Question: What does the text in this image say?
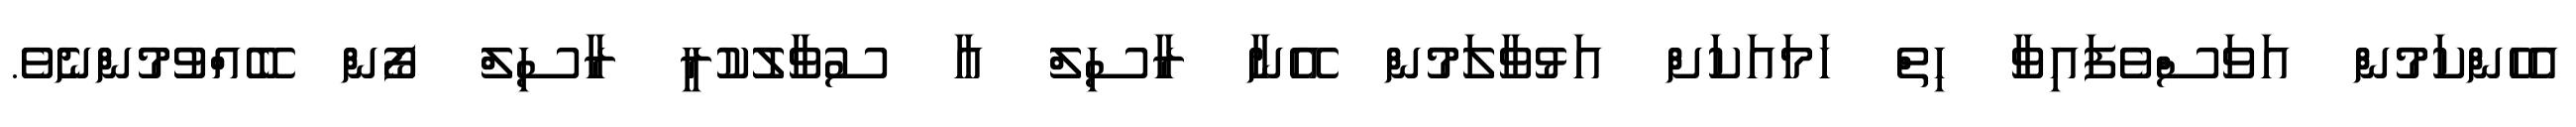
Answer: އެހެންކަމުން އަވަސްވެފައިވާ ހިތް ހަމައަކަށް އަޅުވާލަމުން އޭނާ ރާސިލް އާ ސުވާލުކުރީ ރާސިލް ފޯން ބޭއްވުމުންނެވެ.